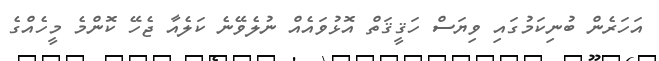
އަހަރެން ބުނިކަމުގައި ވިޔަސް ހަޤީޤަތް އޮޅުވައެއް ނުލެވޭނެ ކަލެއާ ޖެހޭ ކޮންމެ މީހެއްގެ